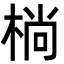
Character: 㭻